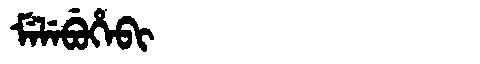
Manchu: ᠮᡝᠯᡝᠪᡠᡥᡝᠪᡳ
Romanization: MELEBUHEBI